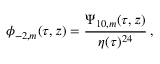
\phi _ { - 2 , m } ( \tau , z ) = \frac { \Psi _ { 1 0 , m } ( \tau , z ) } { \eta ( \tau ) ^ { 2 4 } } \, ,